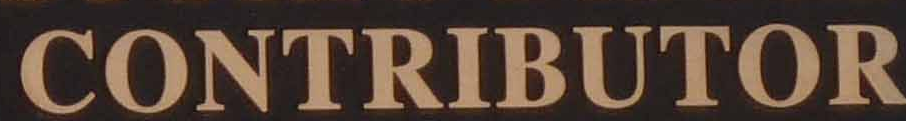
CONTRIBUTOR